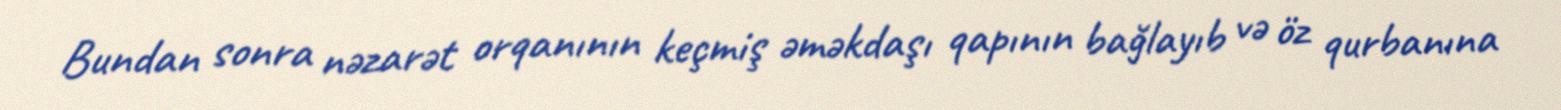
Bundan sonra nəzarət orqanının keçmiş əməkdaşı qapının bağlayıb və öz qurbanına